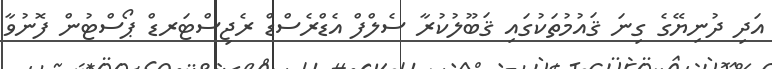
އަދި ދުނިޔޭގެ ގިނަ ޤައުމުތަކުގައި ޤަބޫލުކުރާ ސެލްފް އެޑްރެސްޑް ރެޖިސްޓަރޑް ޕޯސްޓުން ފޮނުވާ